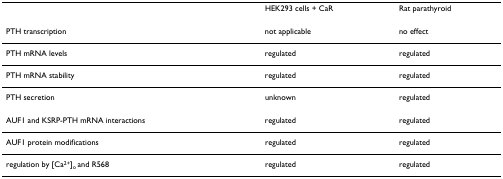
<table><thead><tr><td></td><td><b>HEK293 cells + CaR</b></td><td><b>Rat parathyroid</b></td></tr></thead><tbody><tr><td>PTH transcription</td><td>not applicable</td><td>no effect</td></tr><tr><td>PTH mRNA levels</td><td>regulated</td><td>regulated</td></tr><tr><td>PTH mRNA stability</td><td>regulated</td><td>regulated</td></tr><tr><td>PTH secretion</td><td>unknown</td><td>regulated</td></tr><tr><td>AUF1 and KSRP-PTH mRNA interactions</td><td>regulated</td><td>regulated</td></tr><tr><td>AUF1 protein modifications</td><td>regulated</td><td>regulated</td></tr><tr><td>regulation by [Ca<sup>2+</sup>]<sub>o </sub>and R568</td><td>regulated</td><td>regulated</td></tr></tbody></table>